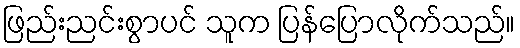
ဖြည်းညင်းစွာပင် သူက ပြန်ပြောလိုက်သည်။